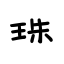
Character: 珠